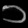
Digit: ၁